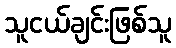
သူငယ်ချင်းဖြစ်သူ